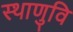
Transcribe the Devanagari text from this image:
स्थाणुवि